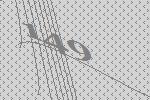
149